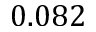
0 . 0 8 2